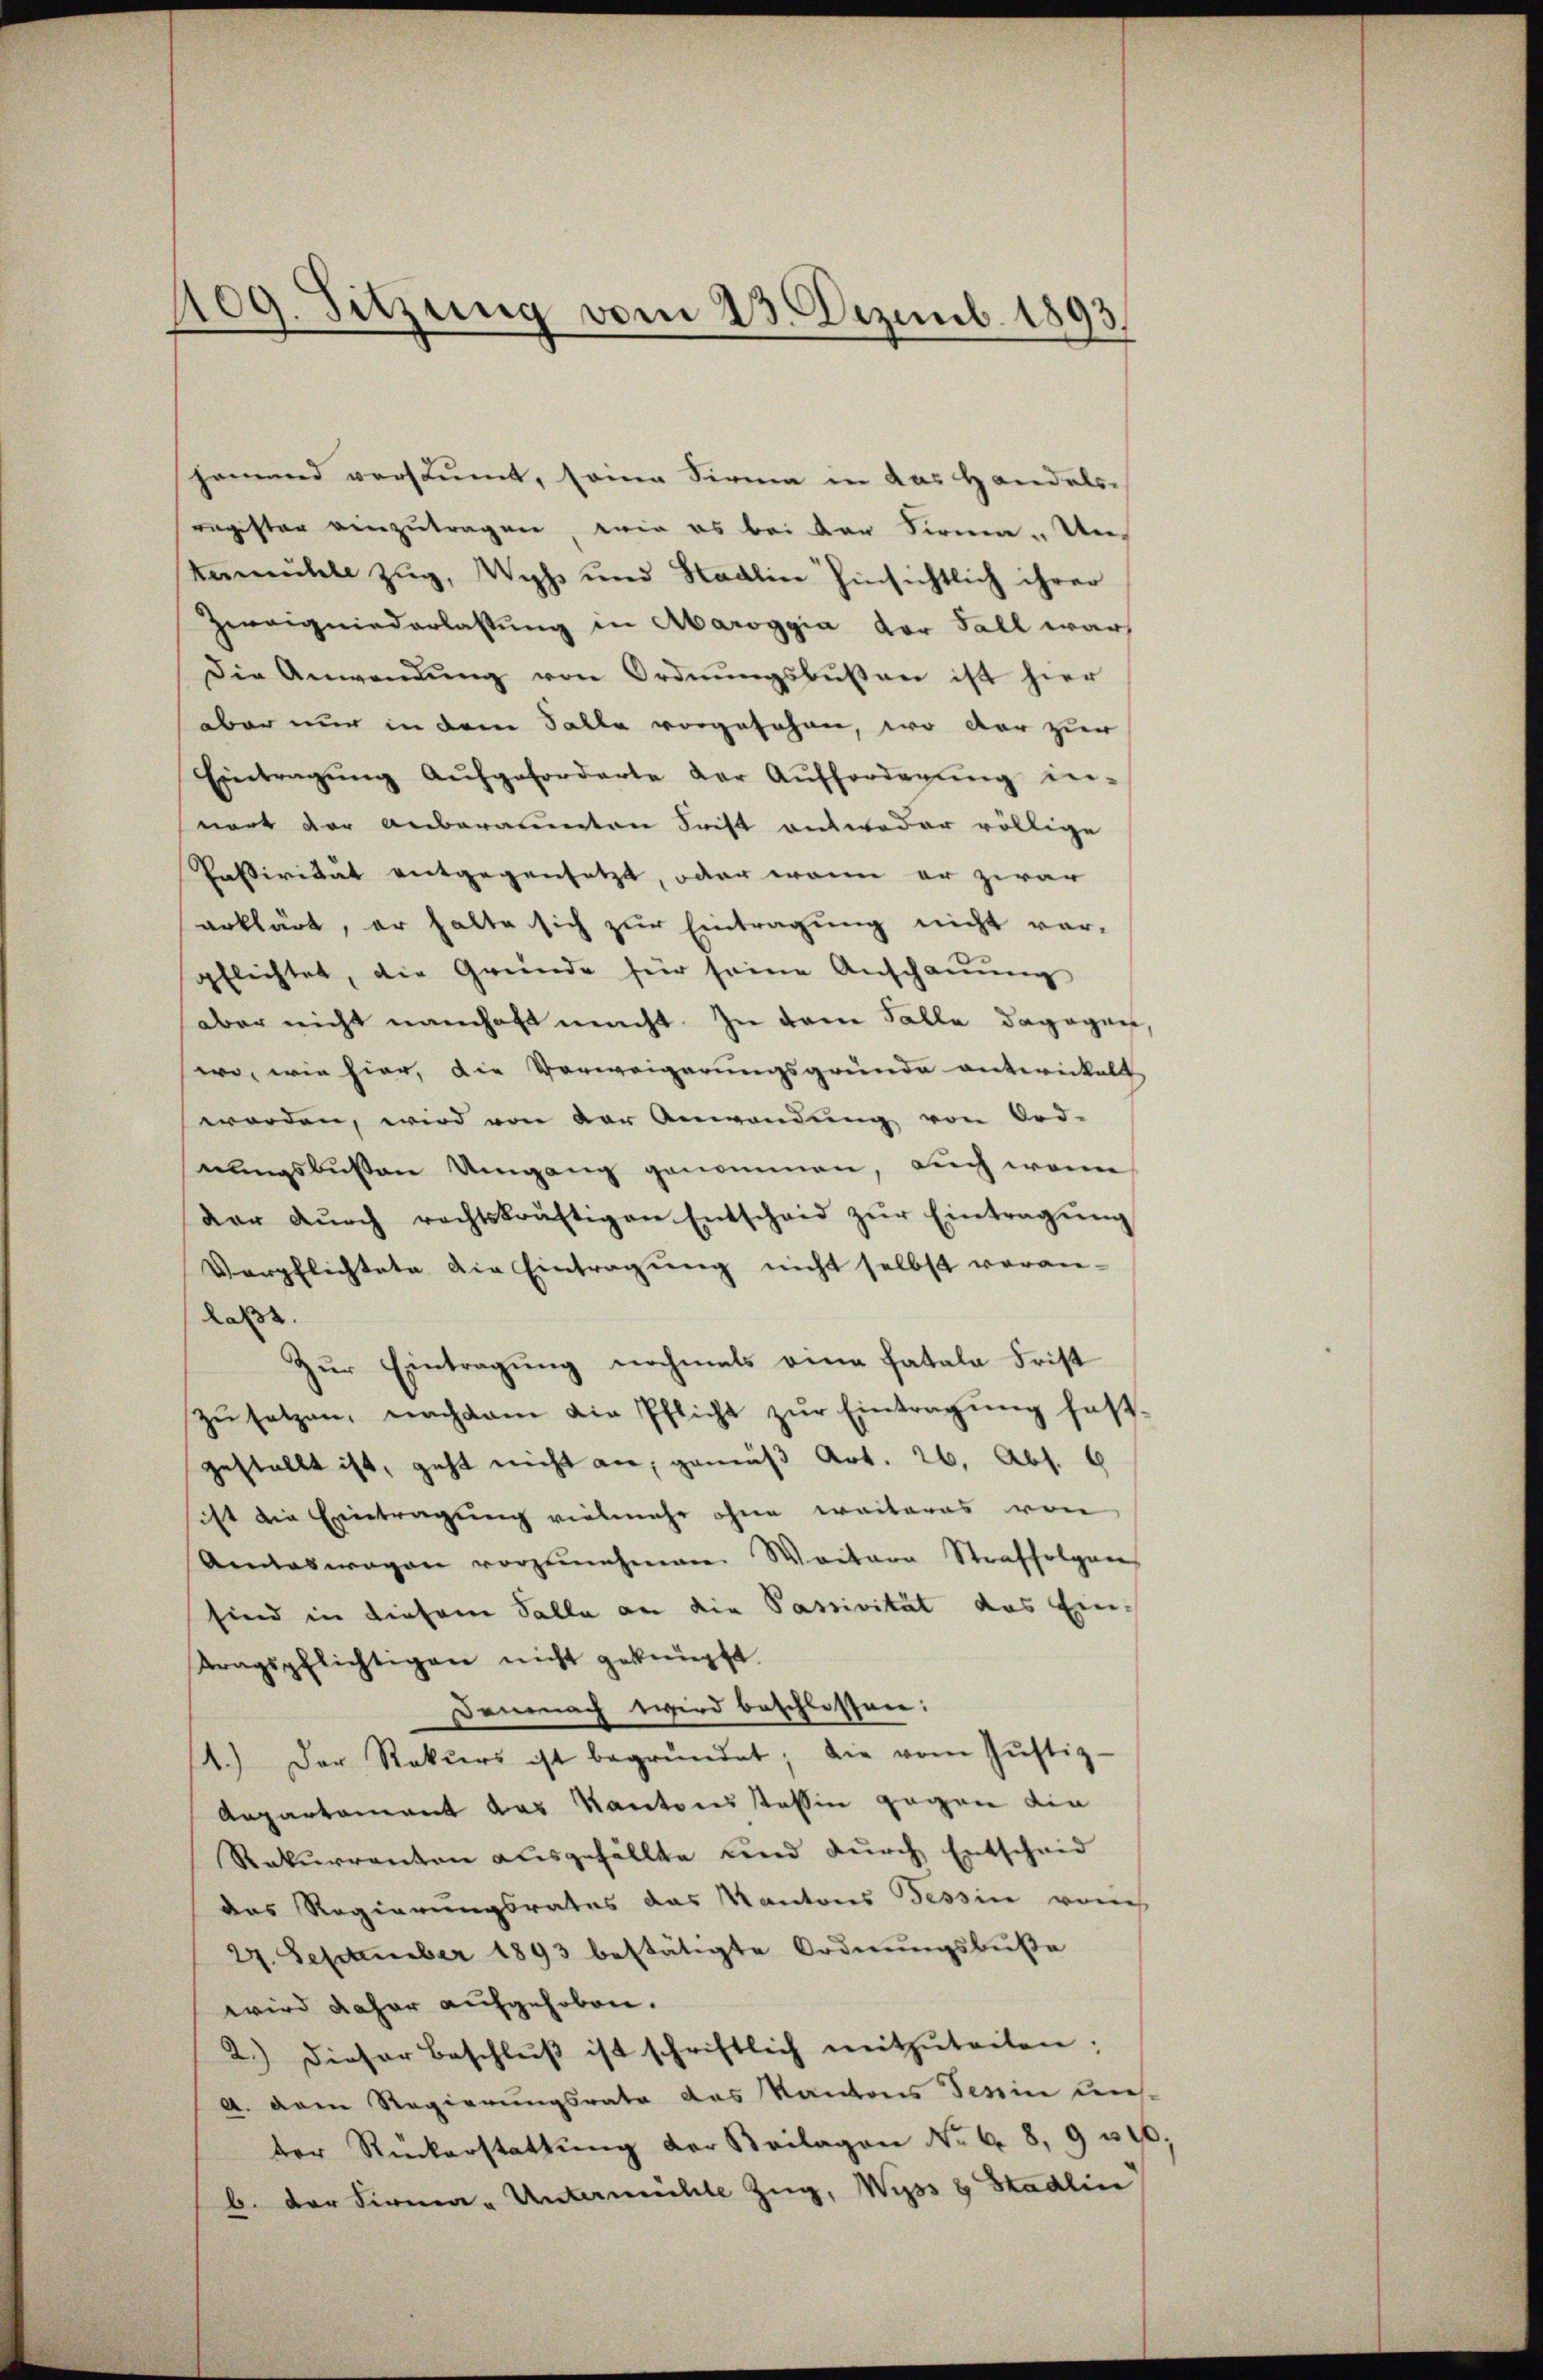
109. Sitzung vom 23. Dezemb. 1893.

hammend versäumt, seinen Firma in das Handels-
ragister einzŭtragen, wie es bei der Firma. Un¬
Anmühle Zug, Wyß und Stadlin hinsichtlich ihrer
Zweigniederlassung in Aaroggia der Fall war,
Die Anwendŭng von Ordnŭngsbußen ist hier
aber nur in dem Falle vorgesehen, wo der zur
Eintragŭng aŭfgeforderte der Aŭfforderŭng in-
nort der anberaumten Frist antweder völlige
Passivität entgegensetzt, oder wenn er zwar
erklärt, er halte sich zur Eintragung nicht vorpflichtet, die Gründe für seine Anschaŭŭng
aber nicht namhaft macht. In dene Falle dagegen
wo, wie hier, die Verweigerungsgründe antwickelt
worden, wird von der Anwendŭng von Ord-
nungsbußen Umgang genommen, auch wenn
dar dŭrch rechtskräftigen Entscheid zŭr Eintragŭng
Verpflichtete die Eintragung nicht selbst voran-
Lass
Zŭr Eintragŭng nochmals eine fatala Frist
zŭsetzen, nachdem die Pflicht zŭr Eintragung fest-
gestellt ist, geht nicht an, gemäß Art. 26. Abs. 6
sitzt die Eintragung vielmehr ohne weiteres von
Amdaswagen vorzunehmen. Weitere Straffolgen
sind in diesem Salle an die Passivität das Einttragspflichtigen nicht geknüpft.
Demnach wird beschlossen:
4.) Der Rekurs ist begründet; die vom Jŭstiz-
Anpartement das Kantonsstessin gegen die
Rekurrenten ausgefällte und durch Entscheid
das Regierungsrates das Kantons Tessin von
24. September 1893 bestätigte Ordnungsbuße
wird daher aufgehoben.
2.) Dieser Beschlŭβ ist schriftlich mitzŭteilen:
A. dem Regierungsrate das Kantons Tessin uns
der Rückerstattung der Beilagen No 68, 9 310
b. der Firma - Untermühle Zŭg, Wyss 8 Stadlin